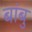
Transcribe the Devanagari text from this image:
बांबु